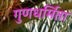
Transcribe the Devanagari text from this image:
गुणधर्मिता